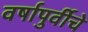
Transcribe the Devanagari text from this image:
वर्षापुर्वीचे